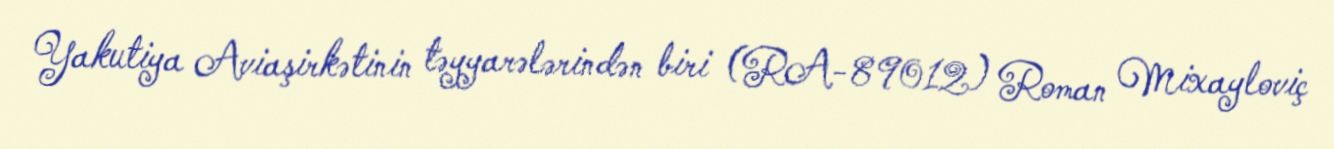
Yakutiya Aviaşirkətinin təyyarələrindən biri (RA-89012) Roman Mixayloviç